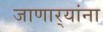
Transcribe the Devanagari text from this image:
जाणार्‍यांना